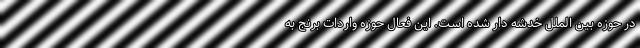
در حوزه بین الملل خدشه دار شده است. این فعال حوزه واردات برنج به